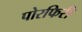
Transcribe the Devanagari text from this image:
पोरफिरी